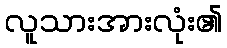
လူသားအားလုံး၏